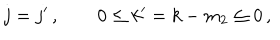
j = j ^ { \prime } \, , \qquad 0 \leq k ^ { \prime } = k - m _ { 2 } \leq 0 \, ,